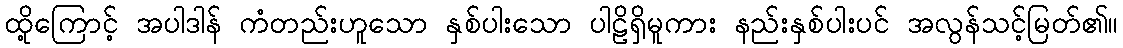
ထို့ကြောင့် အပါဒါန် ကံတည်းဟူသော နှစ်ပါးသော ပါဠိရှိမူကား နည်းနှစ်ပါးပင် အလွန်သင့်မြတ်၏။